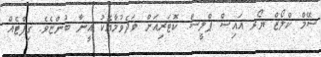
ސޭމް ކްލޯޒް ޔޯރ އައިސް ޕްލީސް. ކޮޓަރިއަށް ވަދެވުމާއެކު އީނާ ބުންޏެވެ. ގިފްޓެއް